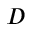
D